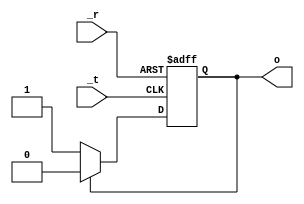
module TTL_74LS93_toggle (
	input	_t,
	input	_r,
	output	o
);

reg o;

always @(negedge _r or negedge _t)
	if (_r == 0)
		o <= 1'b0;
	else if (_t == 0) begin
		if (o == 1'b0)
			o <= 1'b1;
		else
			o <= 1'b0;
	end

endmodule
module TTL_74LS93 (
	input	_A,
	input	R,
	output	[3:0] O,

	input	VCC,
	input	GND
);

TTL_74LS93_toggle tA(._t(_A),._r(!R),.o(O[0]));
TTL_74LS93_toggle tB(._t(O[0]),._r(!R),.o(O[1]));
TTL_74LS93_toggle tC(._t(O[1]),._r(!R),.o(O[2]));
TTL_74LS93_toggle tD(._t(O[2]),._r(!R),.o(O[3]));

endmodule